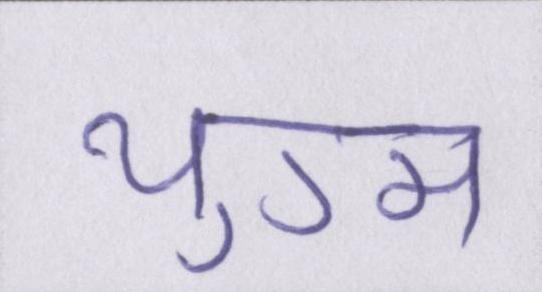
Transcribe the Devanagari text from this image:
युग्म